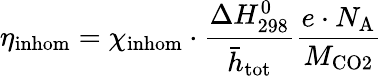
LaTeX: \eta_{\mathrm{inhom}}=\chi_{\mathrm{inhom}}\cdot\frac{\Delta H_{\mathrm{298}}^{\mathrm{0}}}{\bar{h}_{\mathrm{tot}}}\frac{e\cdot N_{\mathrm{A}}}{M_{\mathrm{CO2}}}